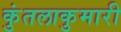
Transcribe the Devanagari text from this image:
कुंतलाकुमारी